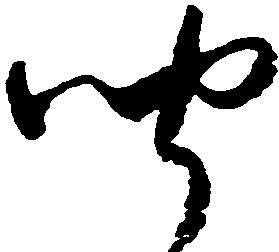
聞